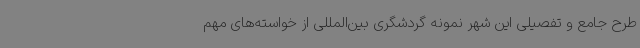
طرح جامع و تفصیلی این شهر نمونه گردشگری بین‌المللی از خواسته‌های مهم